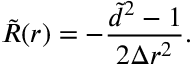
\tilde { R } ( r ) = - \frac { \tilde { d } ^ { 2 } - 1 } { 2 \Delta r ^ { 2 } } .